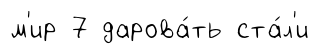
м'ир 7 дарова́ть ста́л'и